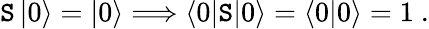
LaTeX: \mathtt{S}\left|0\right\rangle=\left|0\right\rangle\Longrightarrow\left\langle0|\mathtt{S}|0\right\rangle=\left\langle0|0\right\rangle=1~.